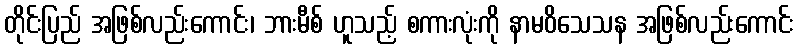
တိုင်းပြည် အဖြစ်လည်းကောင်း၊ ဘားမီစ် ဟူသည့် စကားလုံးကို နာမဝိသေသန အဖြစ်လည်းကောင်း